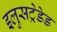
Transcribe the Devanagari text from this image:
इलुसट्रेडेड